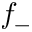
f _ { - }